Papers set at the Examination for Leaving Certificates, 1891
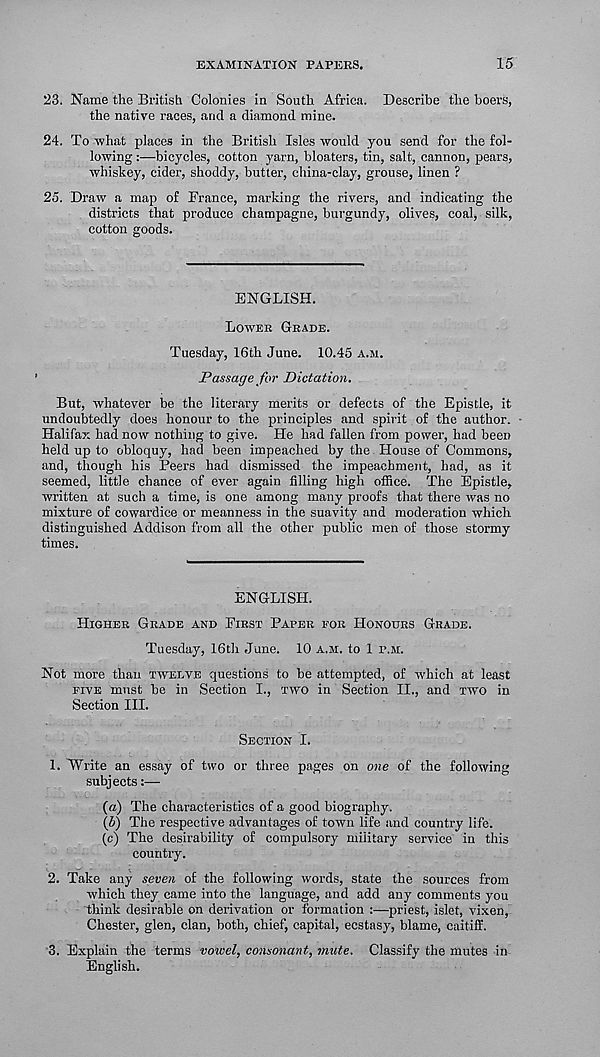
EXAMINATION PAPERS.
15
23. Name the British Colonies in South Africa. Describe the boers,
the native races, and a diamond mine.
24. To what places in the British Isles would you send for the fol-
lowing :—bicycles, cotton yarn, bloaters, tin, salt, cannon, pears,
whiskey, cider, shoddy, butter, china-clay, grouse, linen ?
25. Draw a map of Trance, marking the rivers, and indicating the
districts that produce champagne, burgundy, olives, coal, silk,
cotton goods.
ENGLISH.
LOWER GRADE.
Tuesday, 16th June. 10.45 A.M.
Passage for Dictation.
But, whatever be the literary merits or defects of the Epistle, it
undoubtedly does honour to the principles and spirit of the author.
Halifax had now nothing to give. He had fallen from power, had been
held up to obloquy, had been impeached by the House of Commons,
and, though his Peers had dismissed the impeachment, had, as it
seemed, little chance of ever again filling high office. The Epistle,
written at such a time, is one among many proofs that there was no
mixture of cowardice or meanness in the suavity and moderation which
distinguished Addison from all the other public men of those stormy
times.
ENGLISH.
HIGHER GRADE AND FIRST PAPER FOR HONOURS GRADE.
Tuesday, 16th June. 10 A.M. to 1 r.M.
Not more than TWELVE questions to be attempted, of which at least
FIVE must be in Section I., TWO in Section II., and TWO in
Section III.
SECTION I.
1. Write an essay of two or three pages on one of the following
subjects:—
(a) The characteristics of a good biography.
(5) The respective advantages of town life and country life.
(c) The desirability of compulsory military service in this
country.
2. Take any seven of the following words, state the sources from
which they came into the language, and add any comments you
think desirable on derivation or formation :—priest, islet, vixen,
Chester, glen, clan, both, chief, capital, ecstasy, blame, caitiff.
3. Explain the terms vowel, consonant, mute. Classify the mutes in
English.